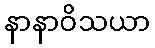
နာနာဝိသယာ